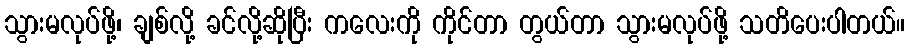
သွားမလုပ်ဖို့၊ ချစ်လို့ ခင်လို့ဆိုပြီး ကလေးကို ကိုင်တာ တွယ်တာ သွားမလုပ်ဖို့ သတိပေးပါတယ်။